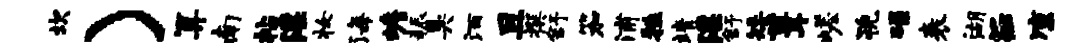
坎）算南帖淫妆海蟾耨臭酒且撰舒笳浦牲靖淫舒矮葺嵯猊碌表湖E凉